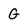
Character: G